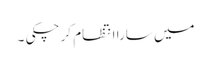
میں سارا انتظام کر چکی ۔